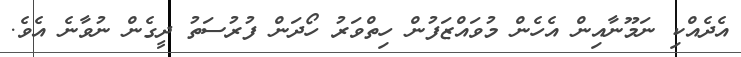
އެދެއްކި ނަމޫނާއިން އެހެން މުވައްޒަފުން ހިތްވަރު ހޯދަން ފުރުސަތު ދީގެން ނުވާނެ އެވެ.